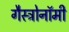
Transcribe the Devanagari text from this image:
गैस्ट्रोनॉमी